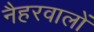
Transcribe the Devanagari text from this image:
नैहरवालों